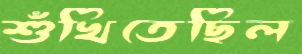
শুঁখিতেছিল